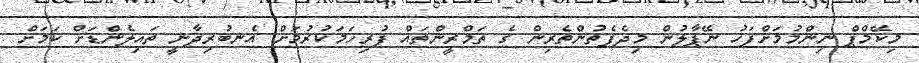
މިކޭމްޕް ނިންމުމަށްފަހު ނޭޕާލުން މިދެފެތުންތެރިން ގެ ތަމްރީންތައް ފުރިހަމަކުރުމަށް އެނބުރިދާނީ ތައިލެންޑަށް ކަމަށް